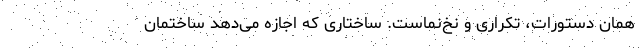
همان دستورات، تکراری و نخ‌نماست. ساختاری که اجازه می‌دهد ساختمان